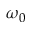
\omega _ { 0 }